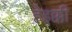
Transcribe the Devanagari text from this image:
हेइक्की